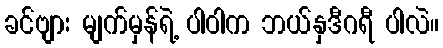
ခင်ဗျား မျက်မှန်ရဲ့ ပါဝါက ဘယ်နှဒီဂရီ ပါလဲ။